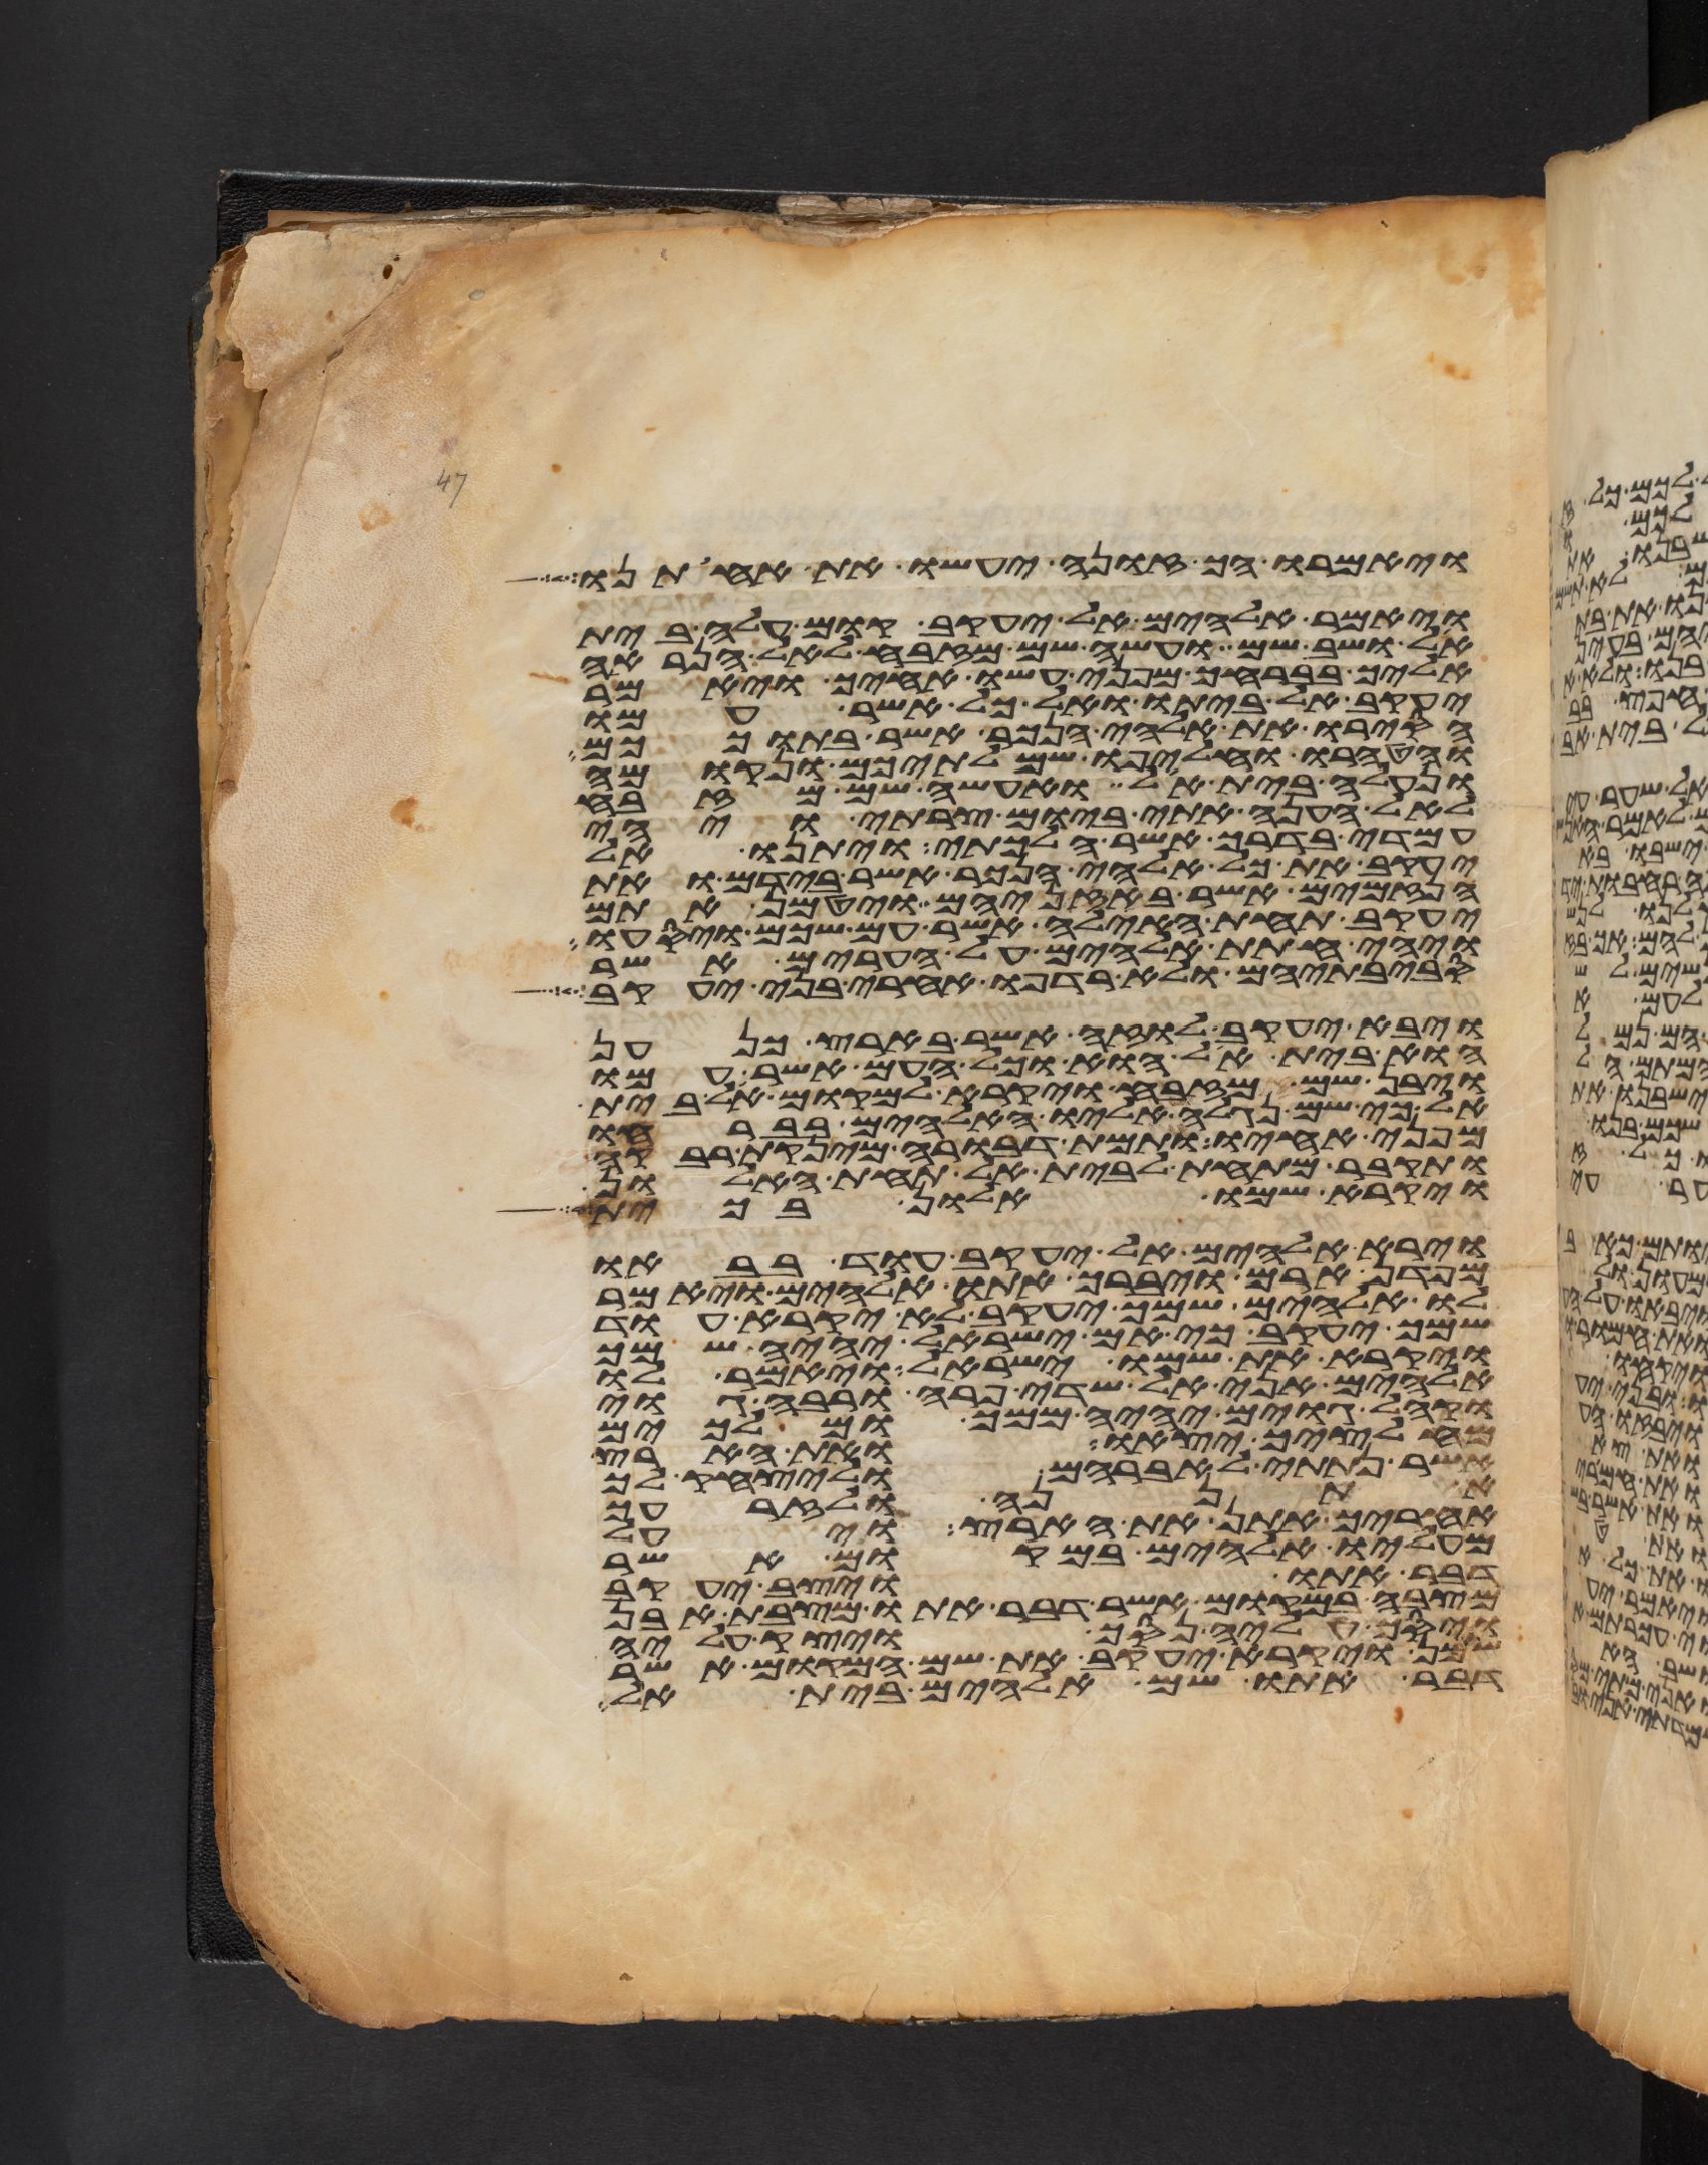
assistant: ויאמרו הך זונה יעשו את אחותנו
ויאמר אלהים אל יעקב קום עלה בית
אל ושב שם ועשה שם מזבח לאל הנראה
אליך בברחך מפני עשו אחיך ויאמר
יעקב אל ביתו ואל כל אשר עמו
הסירו את אלהי הנכר אשר בתוככם
והטהרו והחליפו שמלתיכם ונקומה
ונעלה בית אל ואעשה שם מזבח
לאל הענה אתי ביום צרתי ויהי
עמדי בדרך אשר הלכתי ויתנו אל
יעקב את כל אלהי הנכר אשר בידם ואת
הנזמים אשר באזניהם ויטמן אתם
יעקב תחת האילה אשר עם שכם ויסעו
ויהי חתת אלהים על הערים אשר
סביבתיהם ולא רדפו אחרי בני יעקב
ויבא יעקב לוזה אשר בארץ כנען
הוא בית אל הוא וכל העם אשר עמו
ויבן שם מזבח ויקרא למקום אל בית
אל כי שם נגלה אליו האלהים בברחו
מפני אחיו ותמת דבורה מינקת רבקה
ותקבר מתחת לבית אל תחת האלון
ויקרא שמו אלון בכית
וירא אלהים אל יעקב עוד בבאו
מפדן ארם ויברך אתו אלהים ויאמר
לו אלהים שמך יעקב לא יקרא עוד
שמך יעקב כי אם ישראל יהיה שמך
ויקרא את שמו ישראל ויאמר לו
אלהים אני אל שדי פרה ורבה גוי
וקהל גוים יהיה ממך ומלכים
מחלציך יצאו ואת הארץ
אשר נתתי לאברהם וליצחק לך
אתננה ולזרעך
אחריך אתן את הארץ ויעל
מעליו אלהים במקום אשר
דבר אתו ויצב יעקב
מצבה במקום אשר דבר אתו מצבת אבן
ויסך עליה נסך ויצק עליה
שמן ויקרא יעקב את שם המקום אשר
דבר אתו שם אלהים בית אל